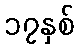
၁၇နှစ်